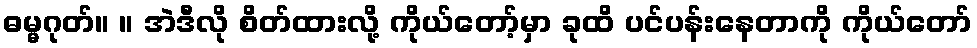
ဓမ္မဂုတ်။ ။ အဲဒီလို စိတ်ထားလို့ ကိုယ်တော့်မှာ ခုထိ ပင်ပန်းနေတာကို ကိုယ်တော်